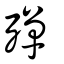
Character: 殫